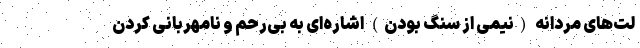
لت‌های مردانه (نیمی از سنگ بودن) اشاره‌ای به بی‌رحم و نامهربانی کردن